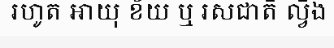
រហូត អាយុ ខ័យ ឬ រសជាតិ ល្វីង